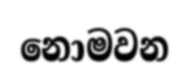
නොමවන